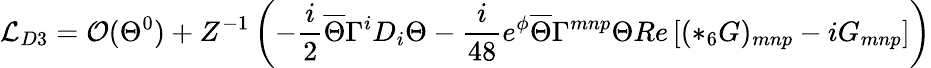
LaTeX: {\mathcal L}_{D3}={\cal O}(\Theta^{0})+Z^{-1}\left(-\frac{i}{2}\overline{{{\Theta}}}\Gamma^{i}D_{i}\Theta-\frac{i}{48}e^{\phi}\overline{{{\Theta}}}\Gamma^{mnp}\Theta Re\left[(*_{6}G)_{mnp}-iG_{mnp}\right]\right)